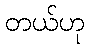
တယ်ဟု